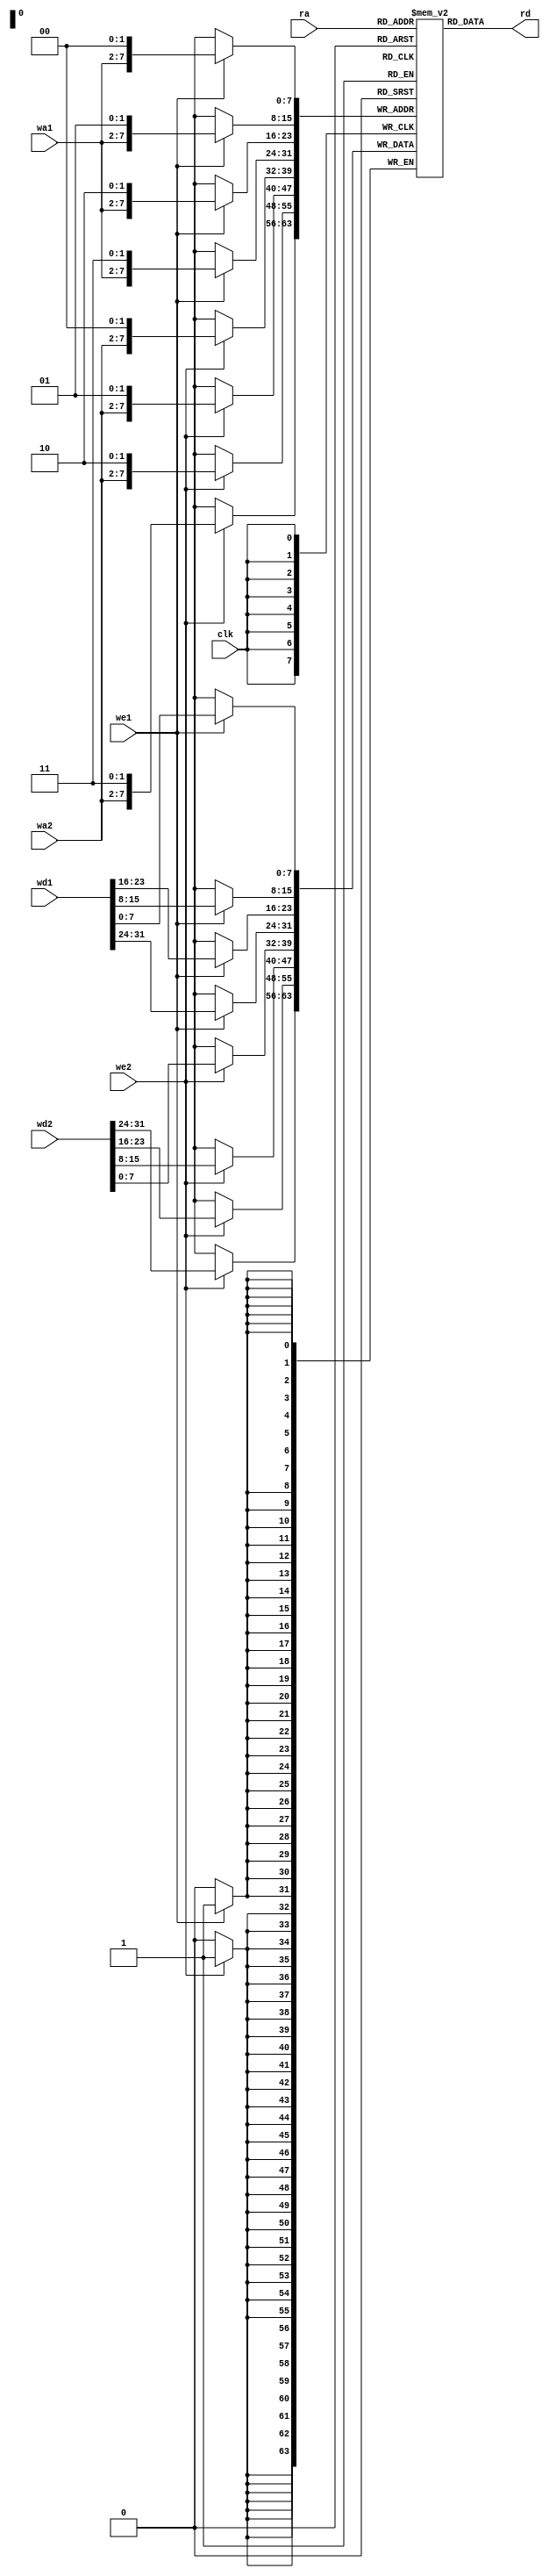
module top(
	input [5:0] wa1, wa2,
	input [7:0] ra,
	input [31:0] wd1, wd2,
	input clk, we1, we2,
	output [7:0] rd);

reg [7:0] mem[0:255];
assign rd = mem[ra];

always @(posedge clk) begin
	if (we1) begin
		mem[{wa1, 2'b00}] <= wd1[7:0];
		mem[{wa1, 2'b01}] <= wd1[15:8];
		mem[{wa1, 2'b10}] <= wd1[23:16];
		mem[{wa1, 2'b11}] <= wd1[31:24];
	end
	if (we2) begin
		mem[{wa2, 2'b00}] <= wd2[7:0];
		mem[{wa2, 2'b01}] <= wd2[15:8];
		mem[{wa2, 2'b10}] <= wd2[23:16];
		mem[{wa2, 2'b11}] <= wd2[31:24];
	end
end

endmodule